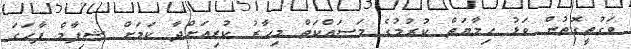
ވަގުތީގޮތުން ވަޅު ހިމާޔަތް ކުރުމުގެ މަސައްކަތް މިހާރު ކުރިއަށްދާ ކަމަށް ޝިފާމް ފާހަގަ